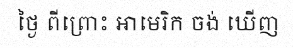
ថ្ងៃ ពីព្រោះ អាមេរិក ចង់ ឃើញ